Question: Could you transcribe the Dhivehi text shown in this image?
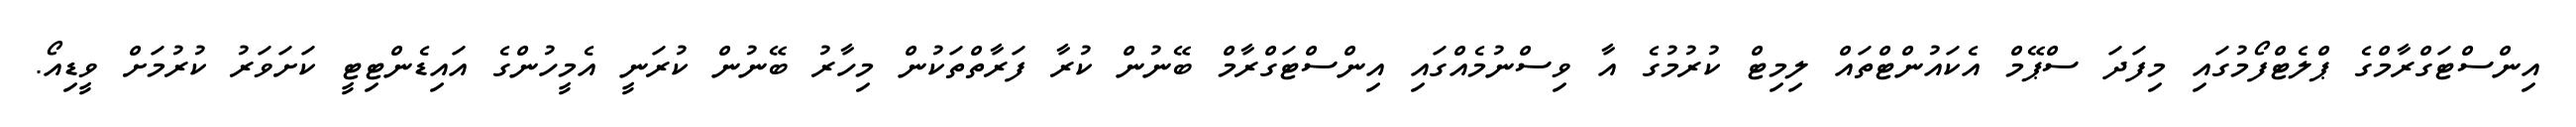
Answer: އިންސްޓަގްރާމްގެ ޕްލެޓްފޯމުގައި މިފަދަ ސްޕޭމް އެކައުންޓްތައް ލިމިޓް ކުރުމުގެ އާ ވިސްނުމެއްގައި އިންސްޓަގްރާމް ބޭނުން ކުރާ ފަރާތްތަކުން މިހާރު ބޭނުން ކުރަނީ އެމީހުންގެ އައިޑެންޓިޓީ ކަށަވަރު ކުރުމަށް ވީޑިއޯ.